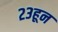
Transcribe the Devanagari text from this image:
२३हून